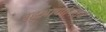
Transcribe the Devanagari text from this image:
बहुआयामित्व